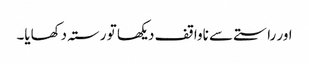
اور راستے سے ناواقف دیکھا تو رستہ دکھایا۔